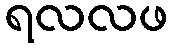
ရလလဖ